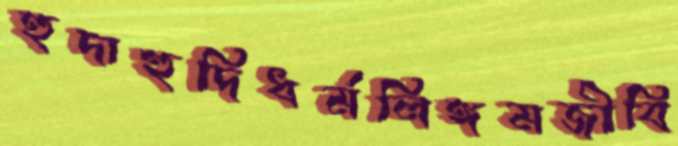
হুদাহুদিধর্মলিঙ্গমজীবি